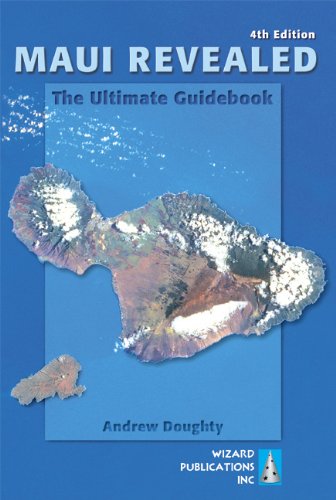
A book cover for Maui Revealed: The Ultimate Guidebook; Andrew Doughty; Travel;